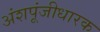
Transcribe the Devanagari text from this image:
अंशपूंजीधारक